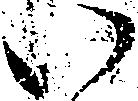
い